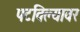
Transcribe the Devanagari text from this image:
पटविल्यावर